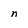
Character: n